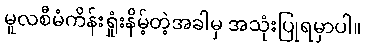
မူလစီမံကိန်းရှုံးနိမ့်တဲ့အခါမှ အသုံးပြုရမှာပါ။